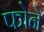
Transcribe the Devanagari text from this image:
फोने